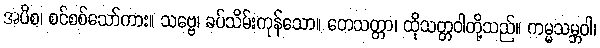
အပိစ၊ စင်စစ်သော်ကား။ သဗ္ဗေ၊ ခပ်သိမ်းကုန်သော။ တေသတ္တာ၊ ထိုသတ္တဝါတို့သည်။ ကမ္မသမ္ဘဝါ၊